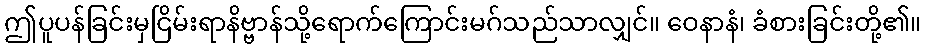
ဤပူပန်ခြင်းမှငြိမ်းရာနိဗ္ဗာန်သို့ရောက်ကြောင်းမဂ်သည်သာလျှင်။ ဝေနာနံ၊ ခံစားခြင်းတို့၏။